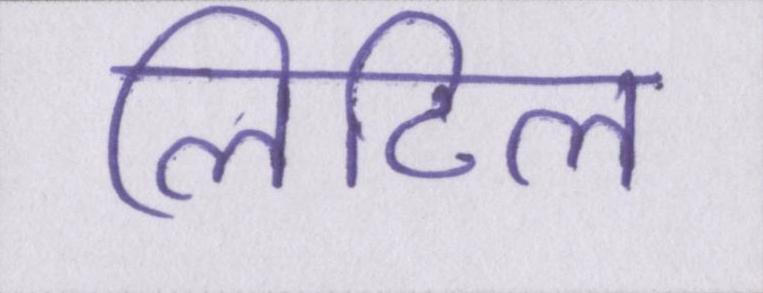
लिटिल